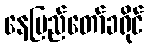
နေပြည်တော်ခရိုင်